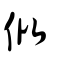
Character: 仳